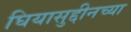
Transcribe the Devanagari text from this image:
घियासुद्दीनच्या